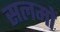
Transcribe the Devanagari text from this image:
सलमों